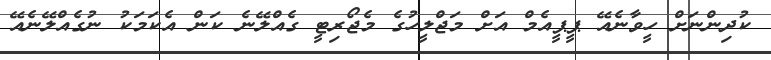
ކުދިންނަށް ހީވާނެއޭ ޕީޕީއެމް އަށް މަޖްލީހުގެ މެޖޯރިޓީ ގެއްލޭނެ ކަން އެކަމަކު ނުގެއްލޭނެއޭ